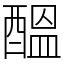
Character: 醞